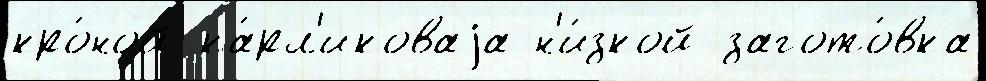
кро́ной ка́рл'иковаjа н'и́зкой загото́вка